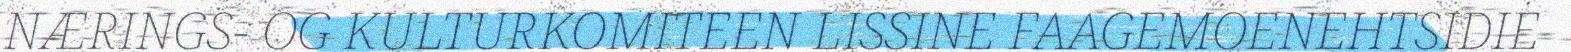
NÆRINGS- OG KULTURKOMITEEN LISSINE FAAGEMOENEHTSIDIE